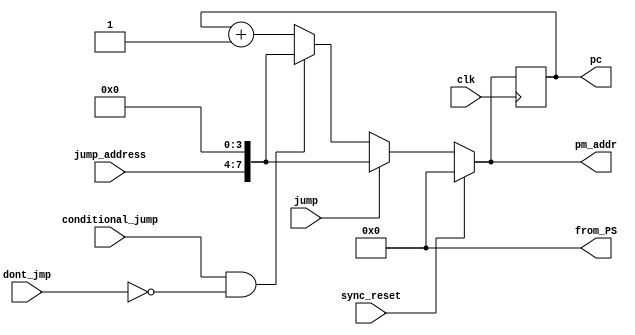
module program_sequencer
(
	input clk,
	input sync_reset,
	input jump,
	input conditional_jump,
	input dont_jmp,
	input [3:0] jump_address,
	output reg [7:0] pm_addr,
	output reg [7:0] pc,
	output reg [7:0] from_PS
);

always @*
	from_PS = 8'h00;

//pc register
always @(posedge clk)
		pc = pm_addr;
		
//decoding next instruction
always @*
begin
	if(sync_reset == 1'b1)
		pm_addr = 8'h00;
	else
		if(jump == 1'b1)
			pm_addr = {jump_address, 4'h0};
		else if( (conditional_jump == 1'b1) && (dont_jmp == 1'b0) )
			pm_addr = {jump_address, 4'h0};
		else
			pm_addr = pc + 8'h01;
end
		
		
endmodule